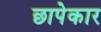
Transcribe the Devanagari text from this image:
छापेकार